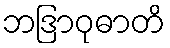
ဘဒြာဝုဓာတိ